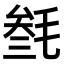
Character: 𣮟